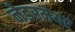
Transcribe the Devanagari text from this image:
नेडरमेयर